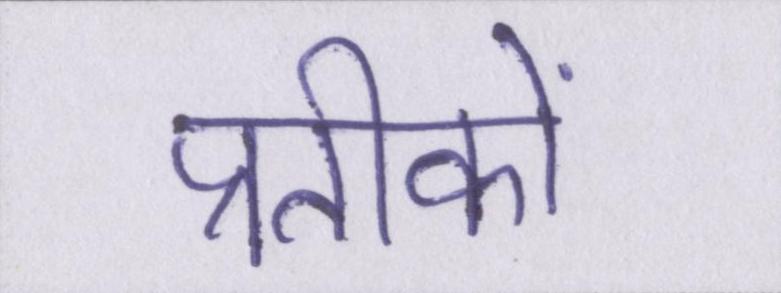
प्रतीकों